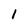
Character: 1